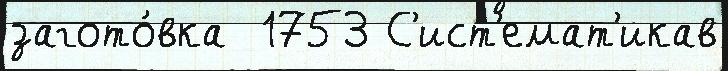
загото́вка  1753 С'ист'емат'икав